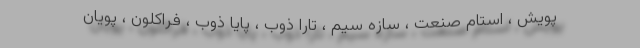
پویش ، استام صنعت ، سازه سیم ، تارا ذوب ، پایا ذوب ، فراکلون ، پویان